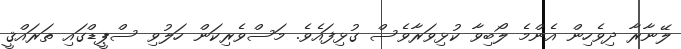
ލޭނާރާ ދިވެހިން އެންމެ ލޯބިވާ ކުޅިވަރާވެސް ގުޅިފައެވެ. މަސްވެރިކަން ހަލުވި ސްޕީޑްގައި ތަރައްޤީ